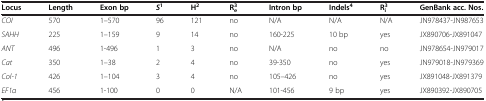
<table><thead><tr><td><b>Locus</b></td><td><b>Length</b></td><td><b>Exon bp</b></td><td><b><i>S</i><sup>1</sup></b></td><td><b>H<sup>2</sup></b></td><td><b>R<sub>e</sub><sup>3</sup></b></td><td><b>Intron bp</b></td><td><b>Indels<sup>4</sup></b></td><td><b>R<sub>i</sub><sup>3</sup></b></td><td><b>GenBank acc. Nos.</b></td></tr></thead><tbody><tr><td><i>COI</i></td><td>570</td><td>1–570</td><td>96</td><td>121</td><td>no</td><td>N/A</td><td>N/A</td><td>N/A</td><td>JN978437-JN987653</td></tr><tr><td><i>SAHH</i></td><td>225</td><td>1–159</td><td>9</td><td>14</td><td>no</td><td>160-225</td><td>10 bp</td><td>yes</td><td>JX890706-JX891047</td></tr><tr><td><i>ANT</i></td><td>496</td><td>1-496</td><td>1</td><td>3</td><td>no</td><td>N/A</td><td>no</td><td>no</td><td>JN978654-JN979017</td></tr><tr><td><i>Cat</i></td><td>350</td><td>1–38</td><td>2</td><td>4</td><td>no</td><td>39-350</td><td>no</td><td>yes</td><td>JN979018-JN979369</td></tr><tr><td><i>Col-1</i></td><td>426</td><td>1–104</td><td>3</td><td>4</td><td>no</td><td>105–426</td><td>no</td><td>yes</td><td>JX891048-JX891379</td></tr><tr><td><i>EF1α</i></td><td>456</td><td>1-100</td><td>0</td><td>0</td><td>N/A</td><td>101-456</td><td>9 bp</td><td>yes</td><td>JX890392-JX890705</td></tr></tbody></table>